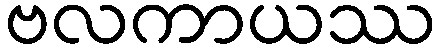
ဗလကာယဿ